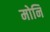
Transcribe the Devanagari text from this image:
मोनि